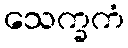
သေက္ခကံ